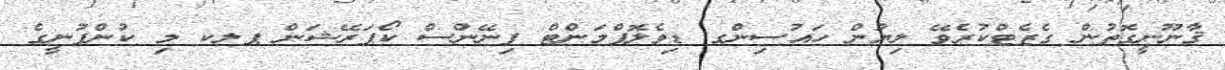
ޤާނޫނީގޮތުން ގެޒެޓްކުރެވޭ ލިޔުން ހައުސިންގ ޑިވެލޮޕްމަންޓް ފިނޭންސް ކޯޕަރޭޝަން ޕލކ މި ކުންފުނީގެ